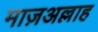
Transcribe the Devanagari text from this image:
माज़अल्लाह